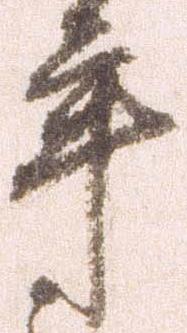
年